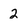
Character: 2